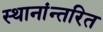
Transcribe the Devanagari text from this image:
स्थानांन्तरित